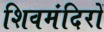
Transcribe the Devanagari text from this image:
शिवमंदिरों